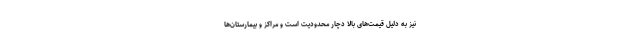
نیز به دلیل قیمت‌های بالا دچار محدودیت است و مراکز و بیمارستان‌ها